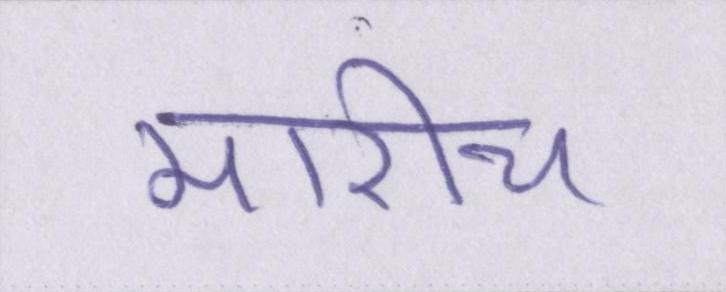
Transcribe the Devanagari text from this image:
मारीच